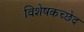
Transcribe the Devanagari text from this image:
विशेषकच्छेद